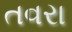
તવરા